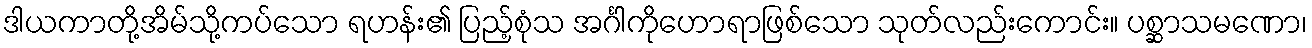
ဒါယကာတို့အိမ်သို့ကပ်သော ရဟန်း၏ ပြည့်စုံသ အင်္ဂါကိုဟောရာဖြစ်သော သုတ်လည်းကောင်း။ ပစ္ဆာသမဏော၊